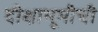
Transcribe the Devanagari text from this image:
दीक्षाभूमीची